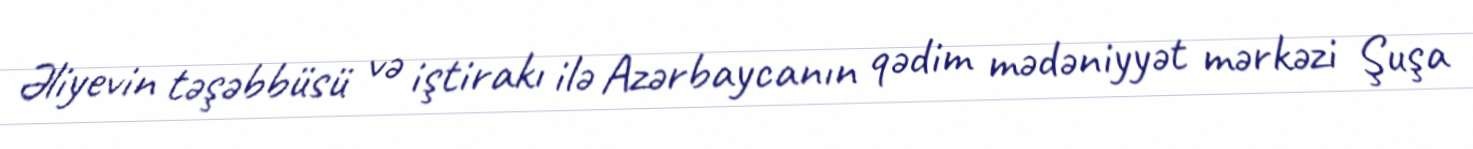
Əliyevin təşəbbüsü və iştirakı ilə Azərbaycanın qədim mədəniyyət mərkəzi Şuşa